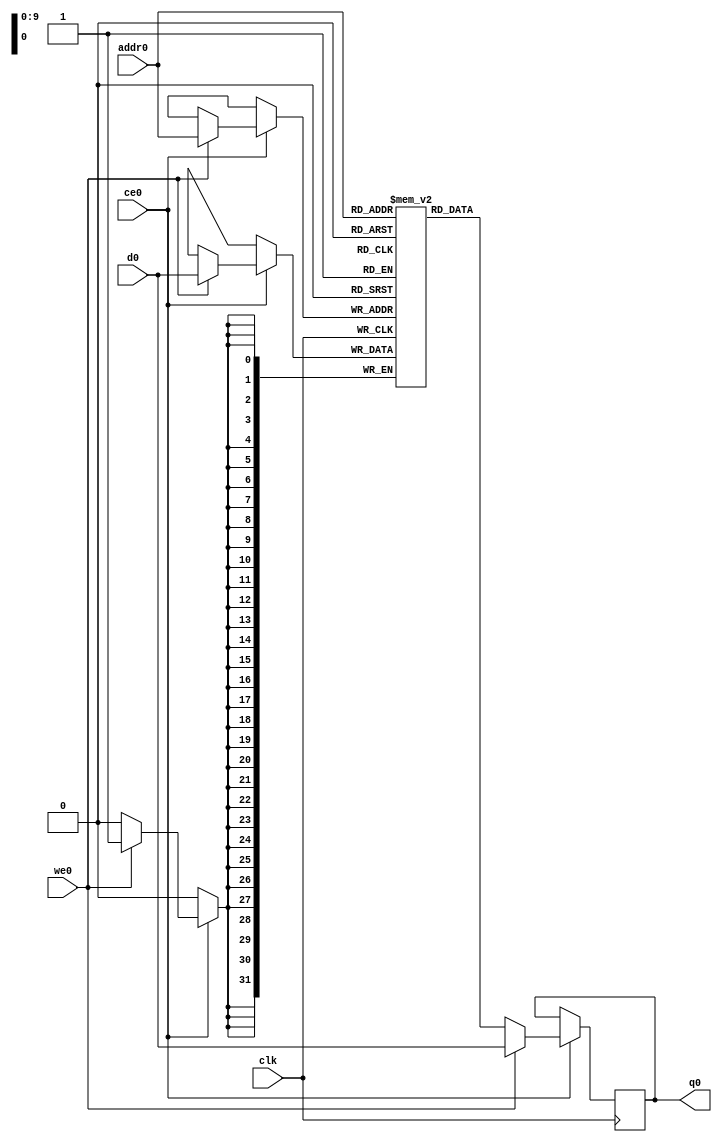
// ==============================================================
// File generated by Vivado(TM) HLS - High-Level Synthesis from C, C++ and SystemC
// Version: 2015.4
// Copyright (C) 2015 Xilinx Inc. All rights reserved.
// 
// ==============================================================

`timescale 1 ns / 1 ps
module HLS_accel_out_ram (addr0, ce0, d0, we0, q0,  clk);

parameter DWIDTH = 32;
parameter AWIDTH = 10;
parameter MEM_SIZE = 1024;

input[AWIDTH-1:0] addr0;
input ce0;
input[DWIDTH-1:0] d0;
input we0;
output reg[DWIDTH-1:0] q0;
input clk;

(* ram_style = "block" *)reg [DWIDTH-1:0] ram[MEM_SIZE-1:0];




always @(posedge clk)  
begin 
    if (ce0) 
    begin
        if (we0) 
        begin 
            ram[addr0] <= d0; 
            q0 <= d0;
        end 
        else 
            q0 <= ram[addr0];
    end
end


endmodule


`timescale 1 ns / 1 ps
module HLS_accel_out(
    reset,
    clk,
    address0,
    ce0,
    we0,
    d0,
    q0);

parameter DataWidth = 32'd32;
parameter AddressRange = 32'd1024;
parameter AddressWidth = 32'd10;
input reset;
input clk;
input[AddressWidth - 1:0] address0;
input ce0;
input we0;
input[DataWidth - 1:0] d0;
output[DataWidth - 1:0] q0;



HLS_accel_out_ram HLS_accel_out_ram_U(
    .clk( clk ),
    .addr0( address0 ),
    .ce0( ce0 ),
    .d0( d0 ),
    .we0( we0 ),
    .q0( q0 ));

endmodule